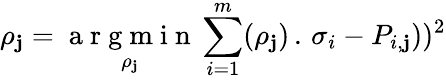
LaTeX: \rho_{\mathbf{j}}={\underset{\rho_{\mathbf{j}}}{\mathrm{{~a~r~g~m~i~n~}}}}\sum_{i=1}^{m}({\rho_{\mathbf{j}})}\, .\, {\sigma_{i}}-P_{i,\mathbf{j}}))^{2}